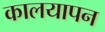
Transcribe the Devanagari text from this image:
कालयापन